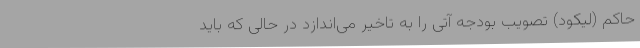
حاکم (لیکود) تصویب بودجه آتی را به تاخیر می‌اندازد در حالی که باید